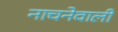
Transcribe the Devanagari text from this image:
नाचनेवाली